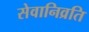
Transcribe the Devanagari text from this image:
सेवानिव्रति